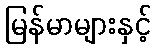
မြန်မာများနှင့်